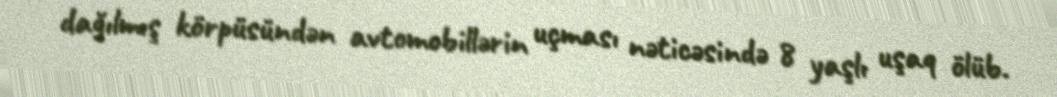
dağılmış körpüsündən avtomobillərin uçması nəticəsində 8 yaşlı uşaq ölüb.